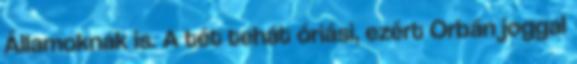
Államoknak is. A tét tehát óriási, ezért Orbán joggal